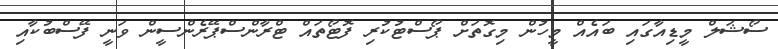
ސޯޝަލް މީޑިއާގައި ބައެއް މީހުން މިގޮތަށް ޕޯސްޓުކުރި ފޮޓޯތައް ޓްރާންސްޕޭރެންސީން ވަނީ ފޭސްބުކާއި